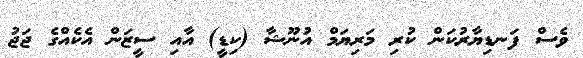
ވެސް ފަނޑިޔާރުކަން ކުރި މަރިޔަމް އުނޫޝާ (ކިޑީ) އާއި ސީޒަން އެކެއްގެ ޖަޖު